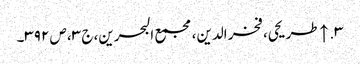
۳. ↑ طریحی، فخر الدین، مجمع البحرین، ج ۳، ص ۳۹۲۔